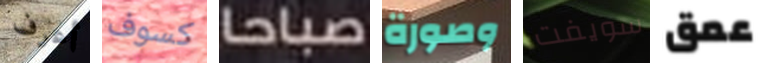
أعرف كسوف صباحا وصورة سويفت عمق